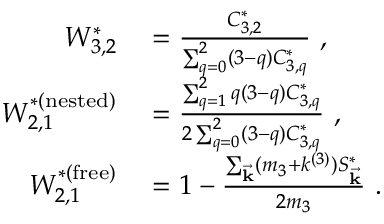
\begin{array} { r l } { W _ { 3 , 2 } ^ { * } } & { { } = \frac { C _ { 3 , 2 } ^ { * } } { \sum _ { q = 0 } ^ { 2 } ( 3 - q ) C _ { 3 , q } ^ { * } } ~ , } \\ { W _ { 2 , 1 } ^ { * ( \mathrm { n e s t e d } ) } } & { { } = \frac { \sum _ { q = 1 } ^ { 2 } q ( 3 - q ) C _ { 3 , q } ^ { * } } { 2 \sum _ { q = 0 } ^ { 2 } ( 3 - q ) C _ { 3 , q } ^ { * } } ~ , } \\ { W _ { 2 , 1 } ^ { * ( \mathrm { f r e e } ) } } & { { } = 1 - \frac { \sum _ { \vec { \mathbf { k } } } ( m _ { 3 } + k ^ { ( 3 ) } ) S _ { \vec { \mathbf { k } } } ^ { * } } { 2 m _ { 3 } } ~ . } \end{array}